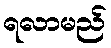
ရလာမည်